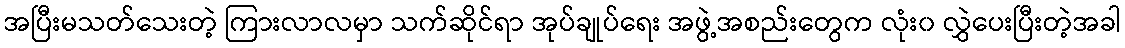
အပြီးမသတ်သေးတဲ့ ကြားလာလမှာ သက်ဆိုင်ရာ အုပ်ချုပ်ရေး အဖွဲ့အစည်းတွေက လုံး၀ လွှဲပေးပြီးတဲ့အခါ